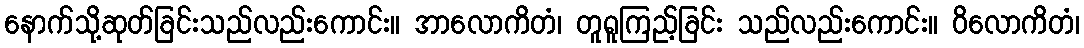
နောက်သို့ဆုတ်ခြင်းသည်လည်းကောင်း။ အာလောကိတံ၊ တူရူကြည့်ခြင်း သည်လည်းကောင်း။ ဝိလောကိတံ၊